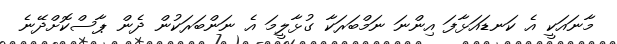
މާނައަކީ އެ ކަނޑައަޅާފަ އިންނަ ނަމްބަރަކާ ގުޅާލީމަ އެ ނަންބަރަކުން ދެން ޕާސްކޮށްދޭނެ